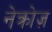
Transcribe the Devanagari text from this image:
नेक्रोज़